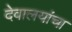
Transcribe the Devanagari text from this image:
देवालयांचा